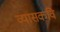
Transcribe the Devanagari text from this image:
व्यासकवि